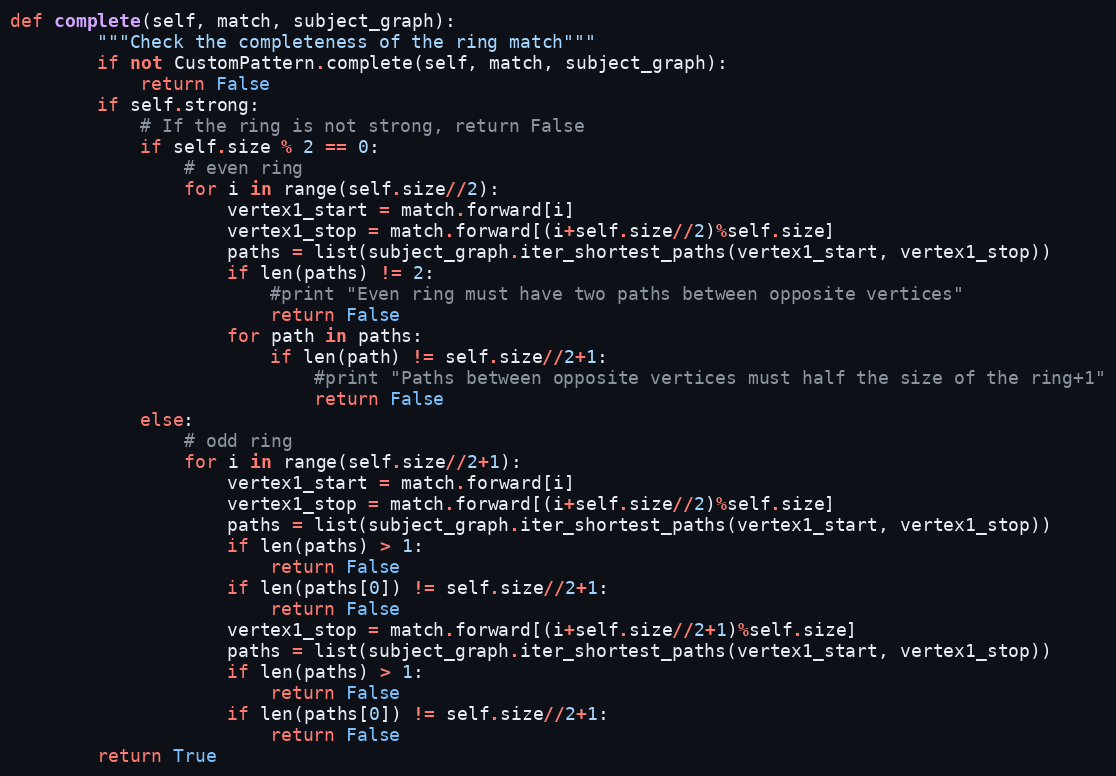
Language: Python
def complete(self, match, subject_graph):
        """Check the completeness of the ring match"""
        if not CustomPattern.complete(self, match, subject_graph):
            return False
        if self.strong:
            # If the ring is not strong, return False
            if self.size % 2 == 0:
                # even ring
                for i in range(self.size//2):
                    vertex1_start = match.forward[i]
                    vertex1_stop = match.forward[(i+self.size//2)%self.size]
                    paths = list(subject_graph.iter_shortest_paths(vertex1_start, vertex1_stop))
                    if len(paths) != 2:
                        #print "Even ring must have two paths between opposite vertices"
                        return False
                    for path in paths:
                        if len(path) != self.size//2+1:
                            #print "Paths between opposite vertices must half the size of the ring+1"
                            return False
            else:
                # odd ring
                for i in range(self.size//2+1):
                    vertex1_start = match.forward[i]
                    vertex1_stop = match.forward[(i+self.size//2)%self.size]
                    paths = list(subject_graph.iter_shortest_paths(vertex1_start, vertex1_stop))
                    if len(paths) > 1:
                        return False
                    if len(paths[0]) != self.size//2+1:
                        return False
                    vertex1_stop = match.forward[(i+self.size//2+1)%self.size]
                    paths = list(subject_graph.iter_shortest_paths(vertex1_start, vertex1_stop))
                    if len(paths) > 1:
                        return False
                    if len(paths[0]) != self.size//2+1:
                        return False
        return True